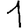
Digit: 1